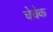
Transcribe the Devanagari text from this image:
चेचेक